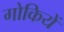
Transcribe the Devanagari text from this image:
गोकियें